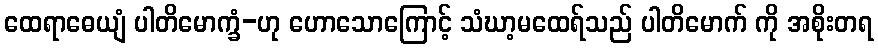
ထေရာဓေယျံ ပါတိမောက္ခံ-ဟု ဟောသောကြောင့် သံဃာ့မထေရ်သည် ပါတိမောက် ကို အစိုးတရ